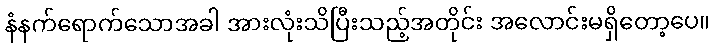
နံနက်ရောက်သောအခါ အားလုံးသိပြီးသည့်အတိုင်း အလောင်းမရှိတော့ပေ။